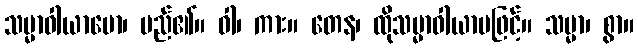
သမ္မာဝါယာမော၊ မည်၏။ ဝါ၊ ကား။ တေန၊ ထိုသမ္မာဝါယာမဖြင့်။ သမ္မာ၊ စွာ။